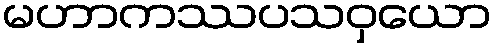
မဟာကဿပသဝှယော